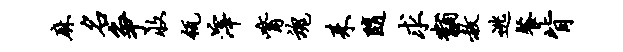
麻名争收瓴滓觜魂耒随求黼赦逃餐背